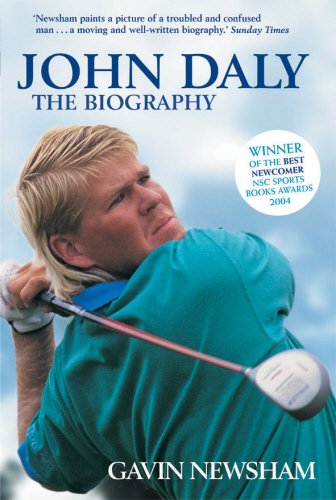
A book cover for John Daly: The Biography; Gavin Newsham; Biographies & Memoirs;